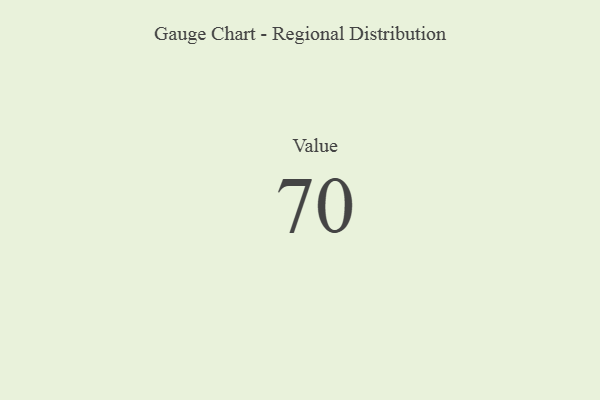
{"axis": {"x": "Metric", "y": "Value"}, "legend": [""], "data": [{"x": "Value", "y": 70, "type": ""}]}